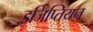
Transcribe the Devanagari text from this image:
इजिप्तियन